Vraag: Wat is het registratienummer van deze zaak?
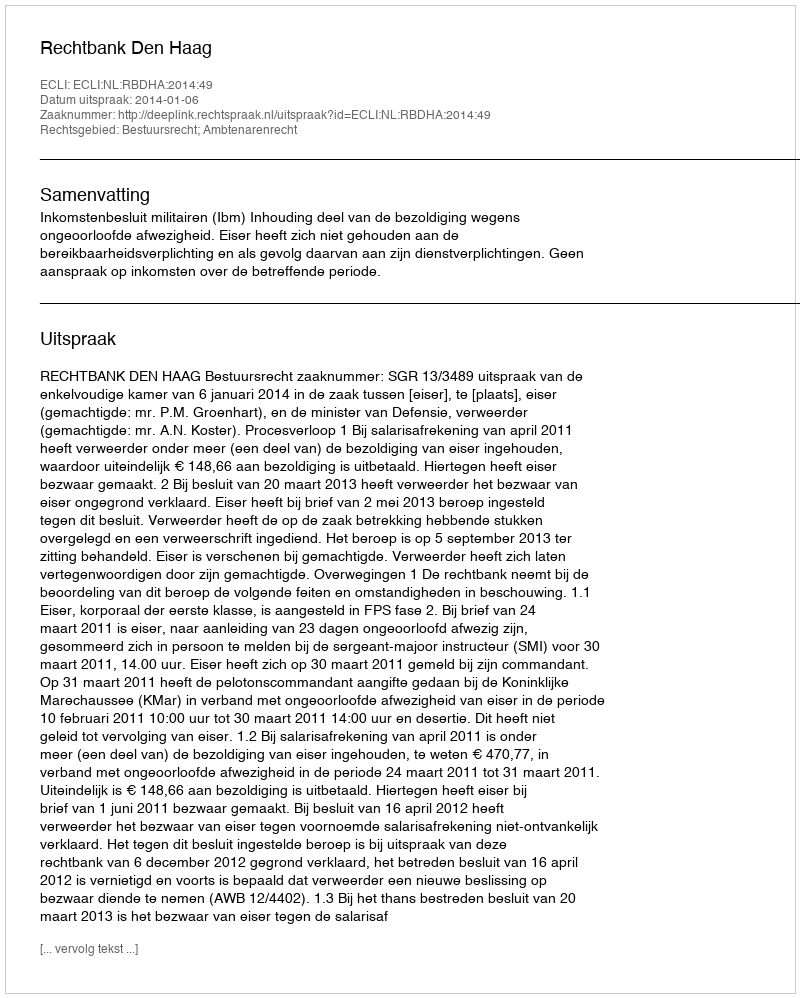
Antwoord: http://deeplink.rechtspraak.nl/uitspraak?id=ECLI:NL:RBDHA:2014:49